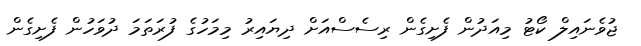
ޖުވެނައިލް ކޯޓު މިއަދުން ފެށިގެން ރިސެސްއަށް ދިޔައިރު މިމަހުގެ ފުރަތަމަ ދުވަހުން ފެށިގެން